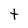
Character: t